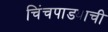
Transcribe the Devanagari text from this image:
चिंचपाड्याची